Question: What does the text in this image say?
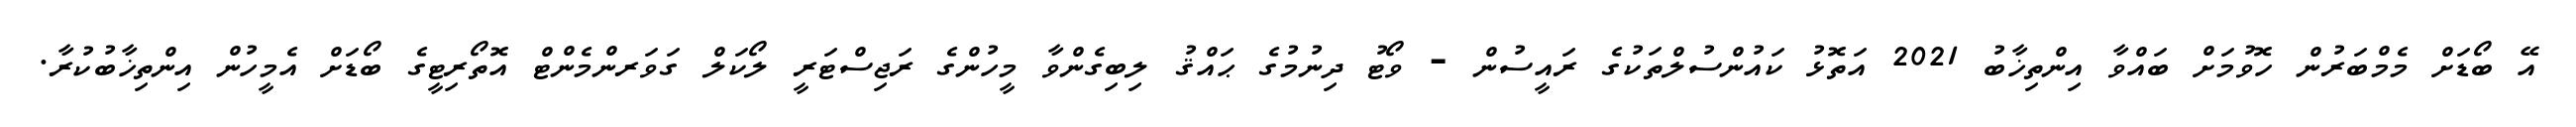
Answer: އޭ ބޯޑަށް މެމްބަރުން ހޮވުމަށް ބައްވާ އިންތިޚާބު 2021 އަތޮޅު ކައުންސުލްތަކުގެ ރައީސުން - ވޯޓު ދިނުމުގެ ޙައްޤު ލިބިގެންވާ މީހުންގެ ރަޖިސްޓަރީ ލޯކަލް ގަވަރންމެންޓް އޮތޯރިޓީގެ ބޯޑަށް އެމީހުން އިންތިޚާބުކުރާ.